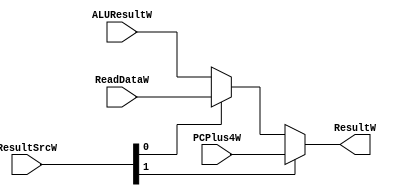
module muxW(
    ALUResultW,
    ReadDataW,
    PCPlus4W,
    ResultSrcW,//
    ResultW
);

input [1:0] ALUResultW;
input [1:0] ReadDataW;
input [1:0] PCPlus4W;
input [1:0] ResultSrcW;

output [1:0] ResultW;

////////

assign ResultW = ResultSrcW[1] ? PCPlus4W : (ResultSrcW[0] ? ReadDataW : ALUResultW);

// same old 3-1 MUX function.

endmodule